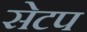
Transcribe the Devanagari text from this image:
सेटप